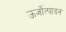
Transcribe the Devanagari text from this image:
ऊर्जोत्पादन